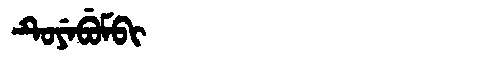
Manchu: ᡨᡠᠶᡝᠪᡠᠮᠪᡳ
Romanization: TUYEBUMBI